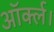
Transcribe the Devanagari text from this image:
ऑर्क्ल।